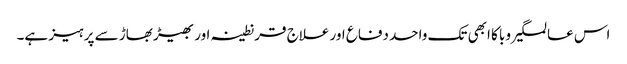
اس عالمگیر وبا کا ابھی تک واحد دفاع اور علاج قرنطینہ اور بھیڑ بھاڑ سے پرہیز ہے۔